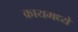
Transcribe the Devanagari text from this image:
क्रायमध्ये